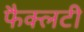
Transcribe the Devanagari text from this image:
फैक्‍लटी